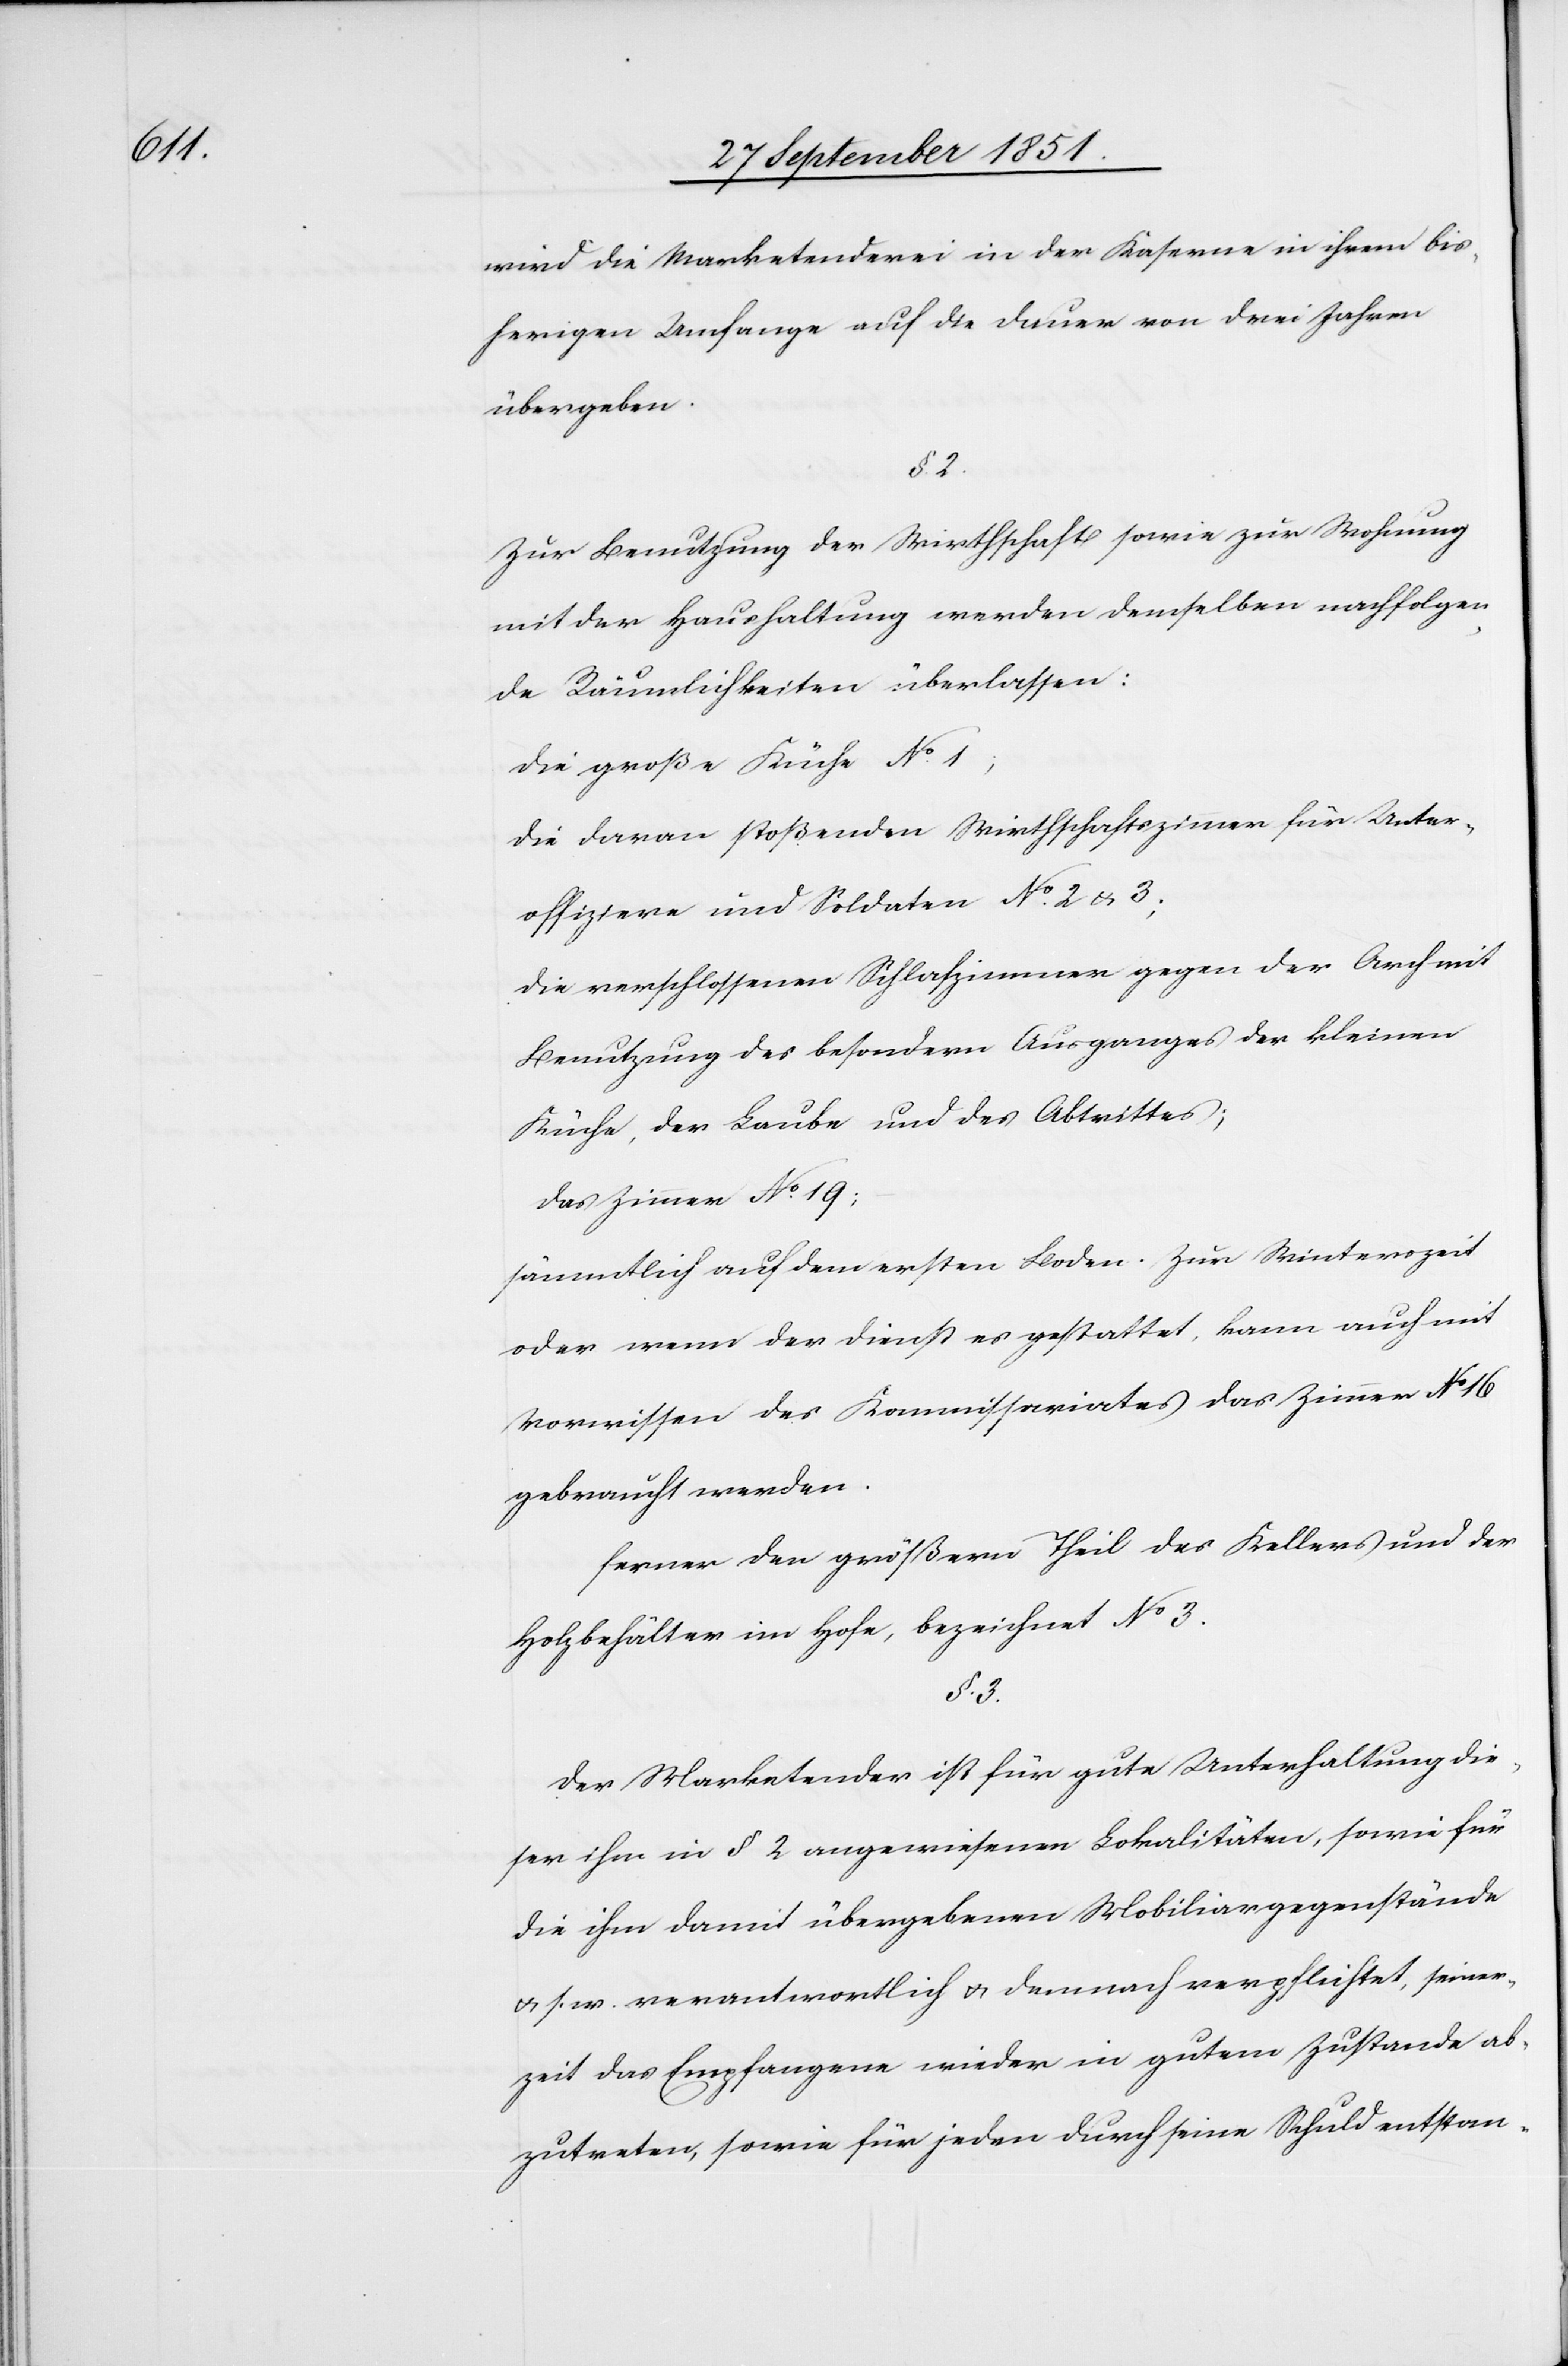
wird die Marketenderei in der Kaserne in ihrem bis¬
herigen Umfange auf die Dauer von drei Jahren
übergeben.
§. 2.
Zur Benutzung der Wirthschaft sowie zur Wohnung
mit der Haushaltung werden demselben nachfolgen¬
de Räumlichkeiten überlassen:
die große Küche No. 1;
die daran stoßenden Wirthschaftszimmer für Unter¬
offiziere und Soldaten No. 2 & 3;
die verschlossenen Schlafzimmer gegen der Arch mit
Benutzung des besondern Ausganges der kleinen
Küche, der Laube und des Abtrittes;
das Zimmer No. 19;
sämmtlich auf dem ersten Boden. Zur Winterszeit
oder wenn der Dienst es gestattet, kann auch mit
Vorwissen des Kommissariates das Zimmer No 16
gebraucht werden.
ferner den größern Theil des Kellers und der
Holzbehälter im Hofe, bezeichnet No 3.
§. 3.
Der Marketender ist für gute Unterhaltung die¬
ser ihm in § 2 angewiesenen Lokalitäten, sowie für
die ihm damit übergebenen Mobiliargegenstände
& s. w. verantwortlich & demnach verpflichtet, seiner¬
zeit das Empfangene wieder in gutem Zustande ab¬
zutreten, sowie für jeden durch seine Schuld entstan-